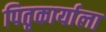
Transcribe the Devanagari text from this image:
पितृकार्याला